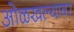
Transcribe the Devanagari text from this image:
ओळखल्यावर